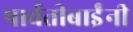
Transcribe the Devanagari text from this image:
पार्वतीबाईंनी